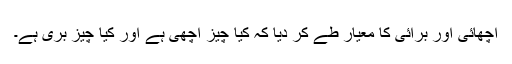
اچھائی اور برائی کا معیار طے کر دیا کہ کیا چیز اچھی ہے اور کیا چیز بری ہے۔